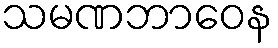
သမဏဘာဝေန